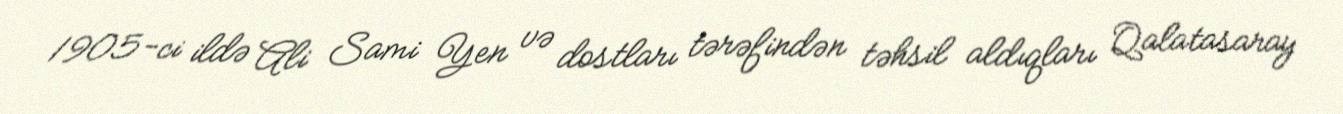
1905-ci ildə Ali Sami Yen və dostları tərəfindən təhsil aldıqları Qalatasaray